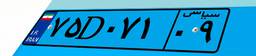
۳۷D۵۳۴۴۴